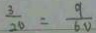
\frac { 3 } { 2 0 } = \frac { 9 } { 6 0 }